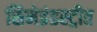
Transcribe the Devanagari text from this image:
सिनेइंडस्ट्रीत